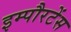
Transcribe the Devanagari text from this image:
इम्पौरटेंस